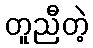
တူညီတဲ့